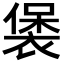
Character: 𧛱